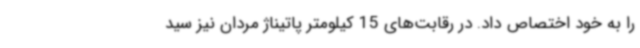
را به خود اختصاص داد. در رقابت‌های 15 کیلومتر پاتیناژ مردان نیز سید